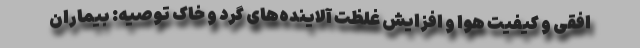
افقی و کیفیت هوا و افزایش غلظت آلاینده‌های گرد و خاک توصیه: بیماران